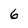
Character: 6